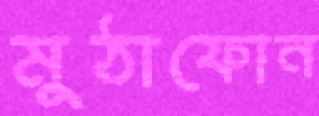
মুঠাফোন